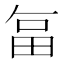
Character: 𭻉